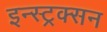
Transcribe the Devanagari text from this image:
इन्स्ट्रक्सन